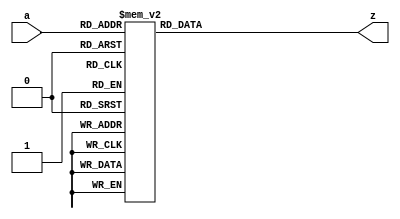
module decoder_conditional(
  output reg[7:0]z,
  input [2:0]a  
);

always@(a)
begin
     case(a)
	3'b000: z= 8'b00000001;
	3'b001: z= 8'b00000010;
	3'b010: z= 8'b00000100;
	3'b011: z= 8'b00001000;
	3'b100: z= 8'b00010000;
	3'b101: z= 8'b00100000;
	3'b110: z= 8'b01000000;
	3'b111: z= 8'b10000000;
      endcase
end

endmodule